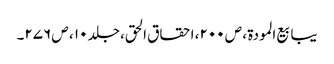
یبابیع المودۃ ، ص ۲۰۰، احقاق الحق، جلد ۱۰ ، ص ۲۷۶۔